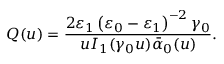
Q ( u ) = \frac { 2 \varepsilon _ { 1 } \left( \varepsilon _ { 0 } - \varepsilon _ { 1 } \right) ^ { - 2 } \gamma _ { 0 } } { u I _ { 1 } ( \gamma _ { 0 } u ) \bar { \alpha } _ { 0 } ( u ) } .